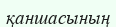
қаншасының